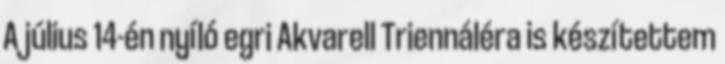
A július 14-én nyíló egri Akvarell Triennáléra is készítettem